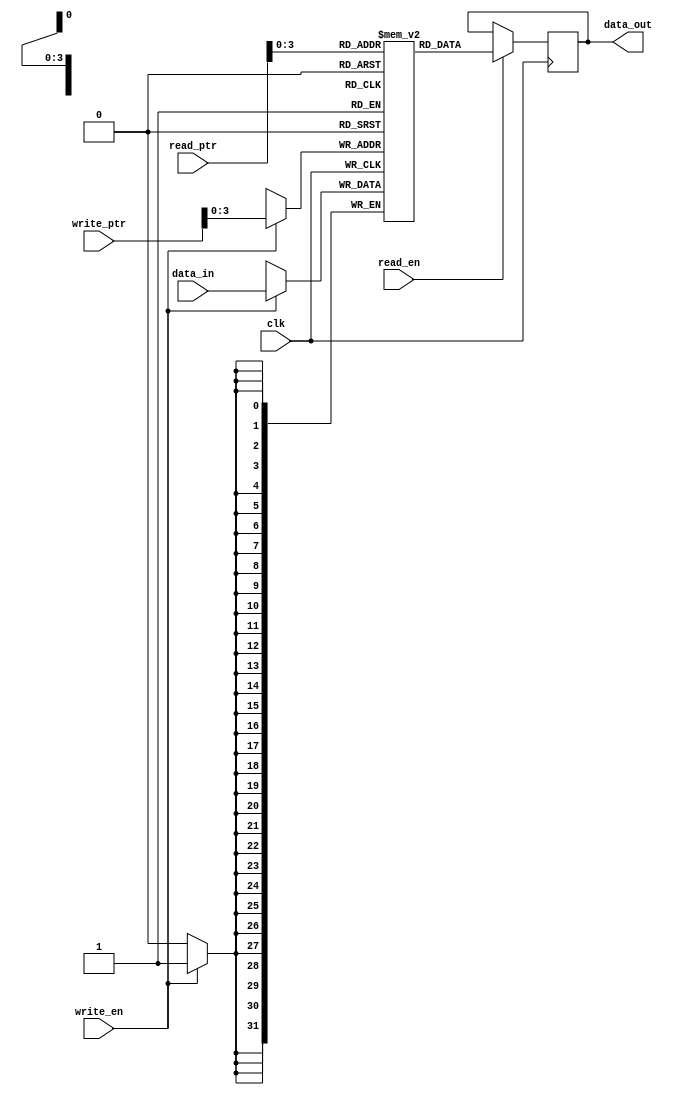
module circular_register_file(
  input clk,
  input [31:0] data_in,
  input write_en,
  input read_en,
  input [4:0] write_ptr,
  input [4:0] read_ptr,
  output reg [31:0] data_out
);

reg [31:0] registers [0:15];
reg [4:0] ptr;

always @(posedge clk) begin
  if (write_en) begin
    registers[write_ptr] <= data_in;
  end
  
  if (read_en) begin
    data_out <= registers[read_ptr];
  end
  
  ptr <= ptr + 1;
  if (ptr == 15) begin
    ptr <= 0;
  end
end

endmodule